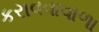
કરાવવાવાળા